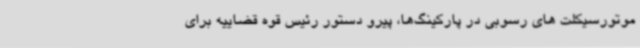
موتورسیکلت های رسوبی در پارکینگ‌ها، پیرو دستور رئیس قوه قضاییه برای